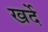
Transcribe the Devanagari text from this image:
खर्दे